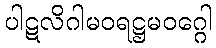
ပါဋလိဂါမဝရဋ္ဌမဝဂ္ဂေါ